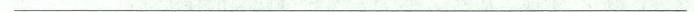
___